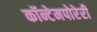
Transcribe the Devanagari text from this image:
कॉन्टेमपोरेरी